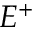
E ^ { + }